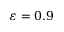
\varepsilon = 0 . 9